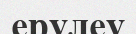
ерулеу